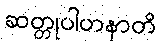
ဆတ္တုပါဟနာတိ